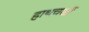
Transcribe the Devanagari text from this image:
हाथचर्खी